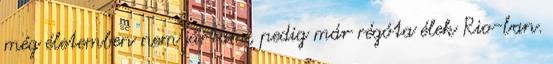
még életemben nem jártam, pedig már régóta élek Rio-ban.